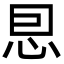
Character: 㤙